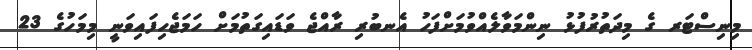
މިނިސްޓަރ ގެ މިދަތުރުފުޅު ނިންމަވާލެއްވުމަށްފަހު އެނބުރި ރާއްޖެ ވަޑައިގަތުމަށް ހަމަޖެހިފައިވަނީ މިމަހުގެ 23